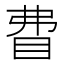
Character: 𥄱